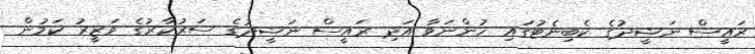
ރައީސް ނަޝީދުގެ ކެބިނެޓުގައި ހުންނަވާ އަދި ރައީސް ނަޝީދުގެ ސަރުކާރުގެ ވަޒީރު ކަމުން